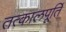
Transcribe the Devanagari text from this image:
तत्कालपूर्ति